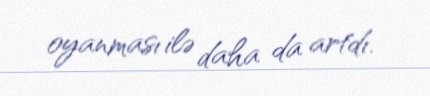
oyanması ilə daha da artdı.